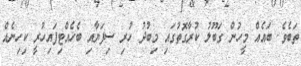
ތަބެވެ. ބައެއް މީހުން ގަބޫލު ކުރާގޮތުގައި މިބުދު ހުރި ސިފަޔާއި ބެހެއްޓިފައިހުރީ ކިހިނެއް